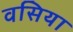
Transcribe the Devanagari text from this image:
वसिया